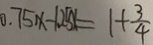
0 . 7 5 x - 1 2 5 x = 1 + \frac { 3 } { 4 }